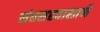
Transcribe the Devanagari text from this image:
संतसहवासाने